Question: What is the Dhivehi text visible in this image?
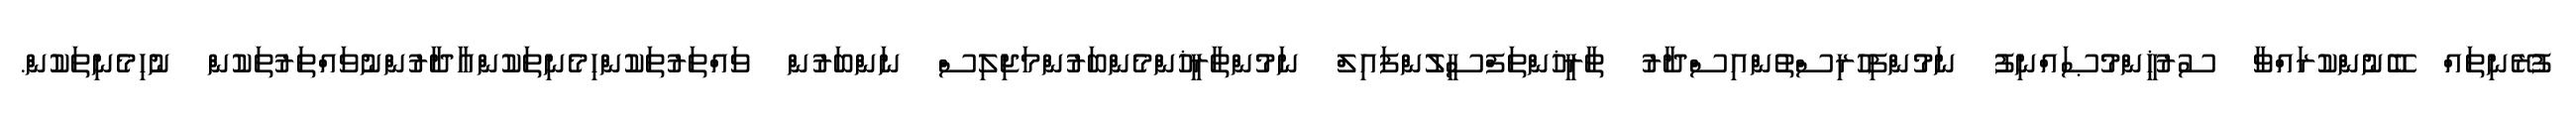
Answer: ފުރޭނިތައް ބޭނުންކުރައްވާ ސުރުޚީންމުޞައްނިފު ނަމުންފިހުރިސްތުންއިސްދާރު ތާރީޚުންތަފްސީލުންފައިލް ނަމުންތާރީޚުންމެންބަރުންމަޖިލިސް ނަންބަރުން ވައްތަރުތަކުންހިމެނިތަކުންއާދާރުންނުވައްތަރުތަކުން ނުހިމެނިތަކުން.